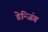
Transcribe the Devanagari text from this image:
डेन्जिंग